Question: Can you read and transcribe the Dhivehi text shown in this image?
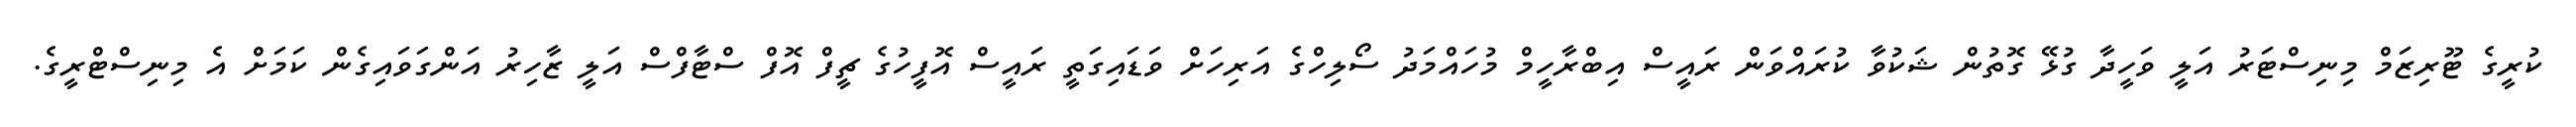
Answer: ކުރީގެ ޓޫރިޒަމް މިނިސްޓަރު އަލީ ވަހީދާ ގުޅޭ ގޮތުން ޝަކުވާ ކުރައްވަން ރައީސް އިބްރާހީމް މުހައްމަދު ސޯލިހްގެ އަރިހަށް ވަޑައިގަތީ ރައީސް އޮފީހުގެ ޗީފް އޮފް ސްޓާފްސް އަލީ ޒާހިރު އަންގަވައިގެން ކަމަށް އެ މިނިސްޓްރީގެ.